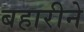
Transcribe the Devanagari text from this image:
बहारीने